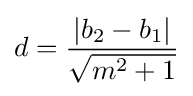
d={\frac {|b_{2}-b_{1}|}{\sqrt {m^{2}+1}}}